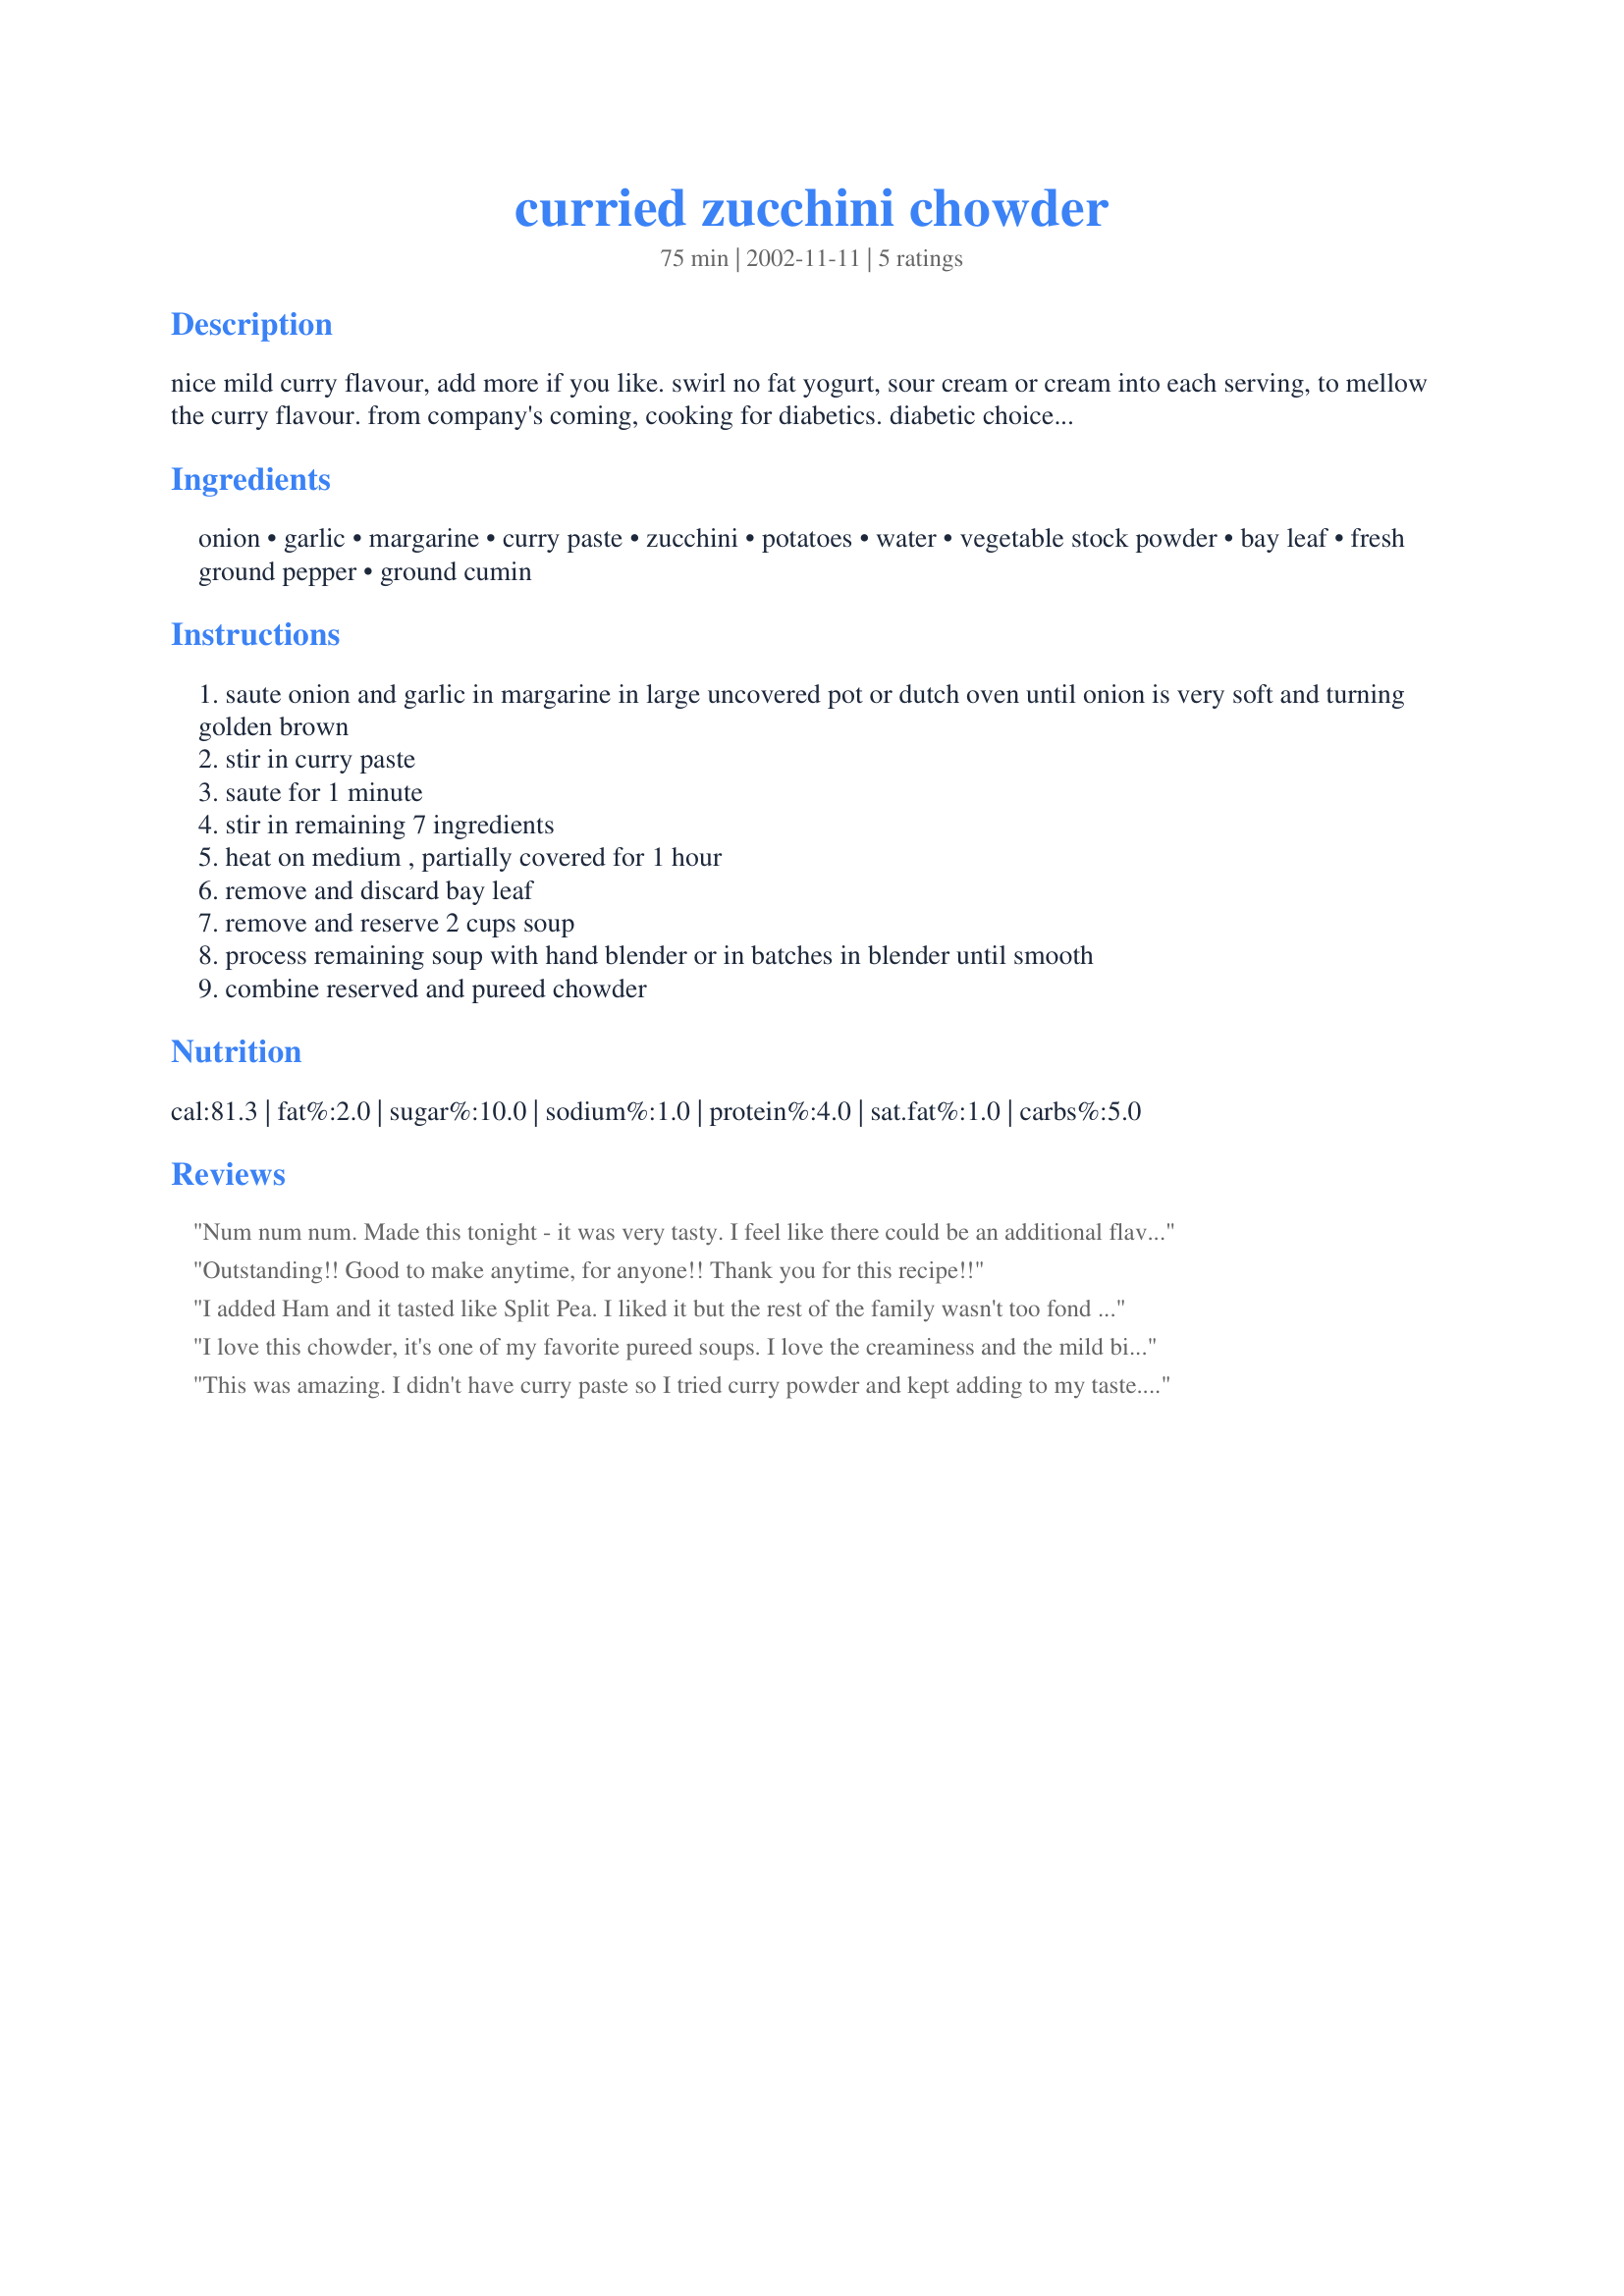
curried zucchini chowder
Preparation time: 75 minutes

nice mild curry flavour, add more if you like. swirl no fat yogurt, sour cream or cream into each serving, to mellow the curry flavour. from company's coming, cooking for diabetics. diabetic choices: 1 starch, 1/2 fruit and veggie each serving.

Ingredients:
onion, garlic, margarine, curry paste, zucchini, potatoes, water, vegetable stock powder, bay leaf, fresh ground pepper, ground cumin

Steps:
saute onion and garlic in margarine in large uncovered pot or dutch oven until onion is very soft and turning golden brown
stir in curry paste
saute for 1 minute
stir in remaining 7 ingredients
heat on medium , partially covered for 1 hour
remove and discard bay leaf
remove and reserve 2 cups soup
process remaining soup with hand blender or in batches in blender until smooth
combine reserved and pureed chowder

Reviews:
Num num num. Made this tonight - it was very tasty. I feel like there could be an additional flavor dimension; after tasting I did add some lemon juice/zest. It didn't hurt. I also served it with a drizzle of yogurt. I will certainly make it again.
Outstanding!! Good to make anytime,
for anyone!!
Thank you for this recipe!!
I added Ham and it tasted like Split Pea. I liked it but the rest of the family wasn't too fond of it. but they don't like split pea either
I love this chowder, it's one of my favorite pureed soups. I love the creaminess and the mild bite of the curry. The flavor is anything but bland. I love this with a little swirl of fat free sour cream. YUM!
This was amazing. I didn't have curry paste so I tried curry powder and kept adding to my taste. So hearty and comforting. Thanks
